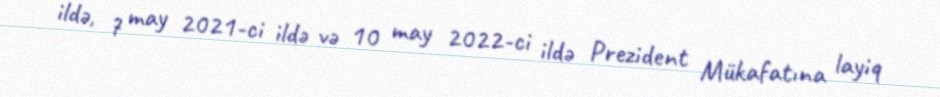
ildə, 7 may 2021-ci ildə və 10 may 2022-ci ildə Prezident Mükafatına layiq